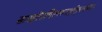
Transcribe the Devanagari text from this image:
सारङ्गीरुचिरनयनाङ्गीकृतशिवा।